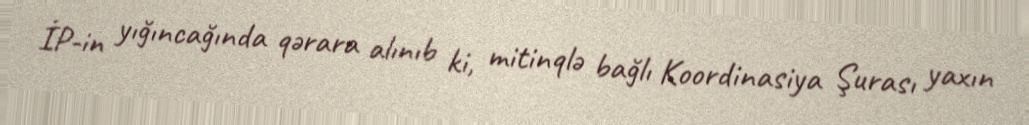
İP-in yığıncağında qərara alınıb ki, mitinqlə bağlı Koordinasiya Şurası yaxın